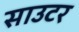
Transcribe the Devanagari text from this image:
साउटर